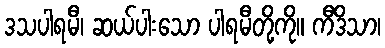
ဒသပါရမီ၊ ဆယ်ပါးသော ပါရမီတို့ကို။ ကီဒိသာ၊